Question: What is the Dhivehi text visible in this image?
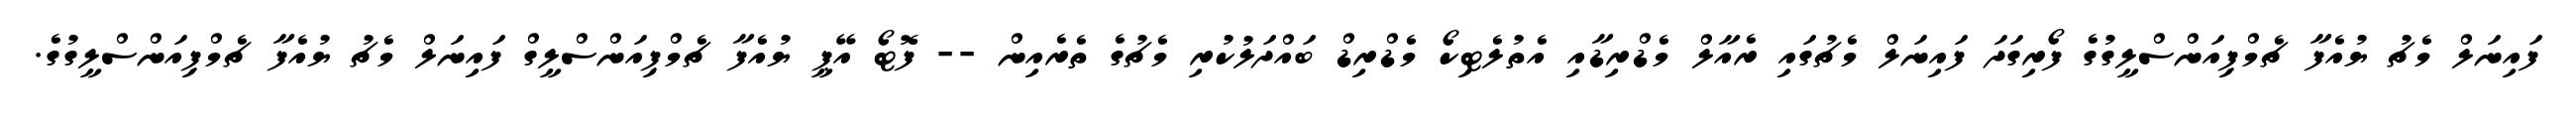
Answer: ފައިނަލް މެޗު ޔުއެފާ ޗެމްޕިއަންސްލީގުގެ ފޯރިގަދަ ފައިނަލް މެޗުގައި ރެއާލް މެޑްރިޑާއި އެތުލެޓިކޯ މެޑްރިޑް ބައްދަލުކުރި މެޗުގެ ތެރެއިން -- ފޮޓޯ އޭޕީ ޔުއެފާ ޗެމްޕިއަންސްލީގް ފައިނަލް މެޗު ޔުއެފާ ޗެމްޕިއަންސްލީގުގެ.